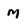
Character: m